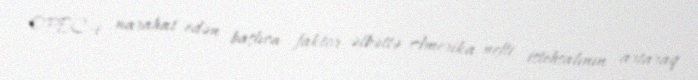
OPEC-i narahat edən başlıca faktor əlbəttə Amerika nefti istehsalının artaraq